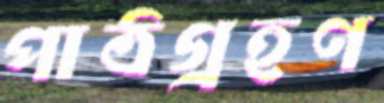
পাঠগ্রহণ